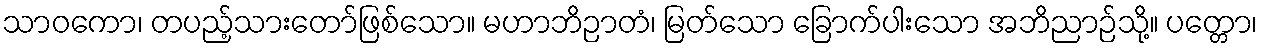
သာဝကော၊ တပည့်သားတော်ဖြစ်သော။ မဟာဘိဉာတံ၊ မြတ်သော ခြောက်ပါးသော အဘိညာဉ်သို့။ ပတ္တော၊